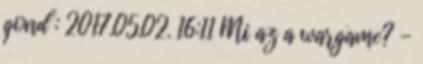
gond : 2017.05.02. 16:11 Mi az a wargame? -